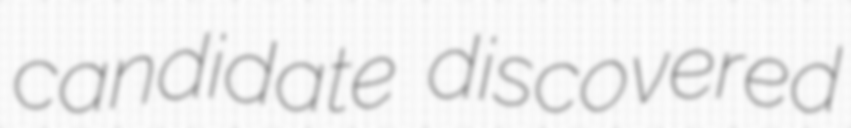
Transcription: candidate discovered